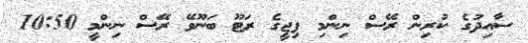
ސާއިދުގެ ކުރިން ރޭސް ނިންމި ފިޖީގެ ރަޓޫ ބަނޫވޭ ރޭސް ނިންމީ 10:50